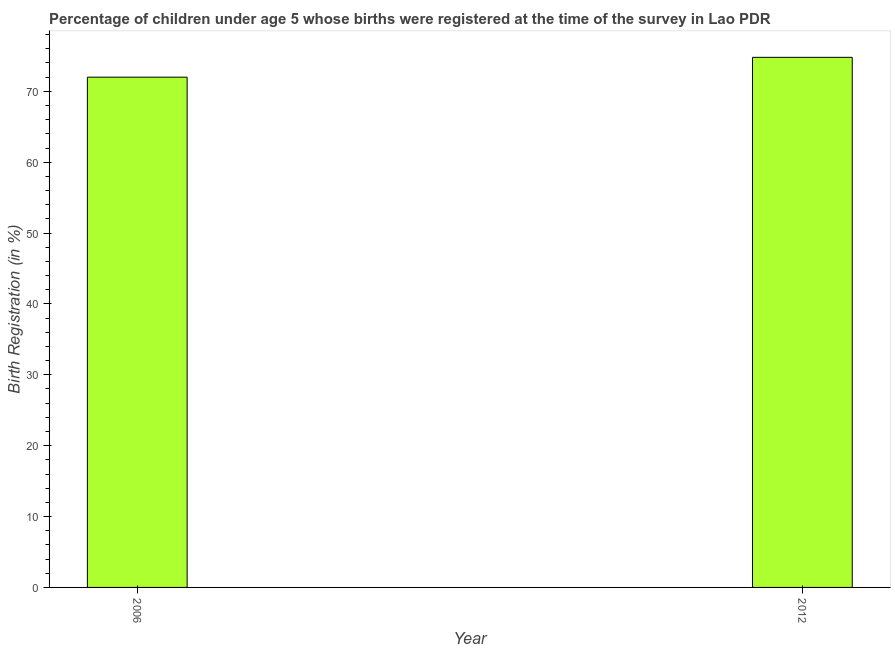
| Year | Birth registration |
 | --- | --- |
 | 2006 | 72 |
 | 2012 | 74.8 |